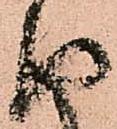
取